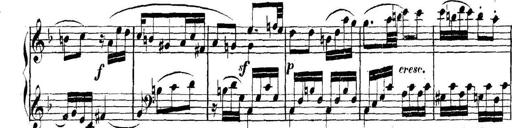
Title: Collected Piano Sonatas
Composer: Muzio Clementi